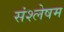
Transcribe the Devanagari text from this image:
संश्लेषम